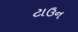
ટાઉન